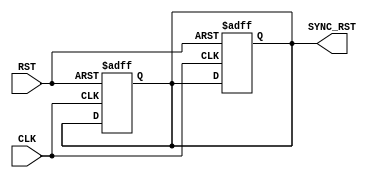
module RST_SYNC #(parameter NUM_STAGES=1) (
  input  wire  RST,
  input  wire  CLK,
  output reg   SYNC_RST
);

reg [NUM_STAGES-1:0] Stages;

always @ (posedge CLK or negedge RST)
begin
  if(!RST)
    begin
      Stages <='b0;
      SYNC_RST <=1'b1;
    end
    else
      begin
        Stages[0] <= 1'b1;
        Stages[NUM_STAGES-1:1]<= Stages;
        end
end
  always @(*)
 begin
    SYNC_RST = Stages[NUM_STAGES-1] ; 
 end 
endmodule